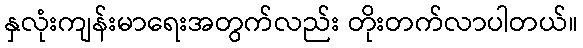
နှလုံးကျန်းမာရေးအတွက်လည်း တိုးတက်လာပါတယ်။